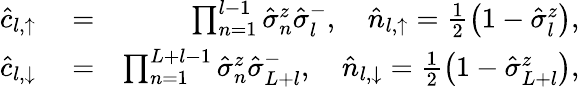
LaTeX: \begin{array}{rlr}{\hat{c}_{l,\uparrow}}&{{}=}&{\prod_{n=1}^{l-1}\hat{\sigma}_{n}^{z}\hat{\sigma}_{l}^{-},\quad\hat{n}_{l,\uparrow}=\frac{1}{2}\left(1-\hat{\sigma}_{l}^{z}\right),}\\ {\hat{c}_{l,\downarrow}}&{{}=}&{\prod_{n=1}^{L+l-1}\hat{\sigma}_{n}^{z}\hat{\sigma}_{L+l}^{-},\quad\hat{n}_{l,\downarrow}=\frac{1}{2}\left(1-\hat{\sigma}_{L+l}^{z}\right),}\end{array}